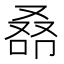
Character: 𠭞